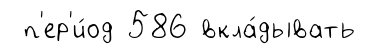
п'ер'и́од 586 вкла́дывать